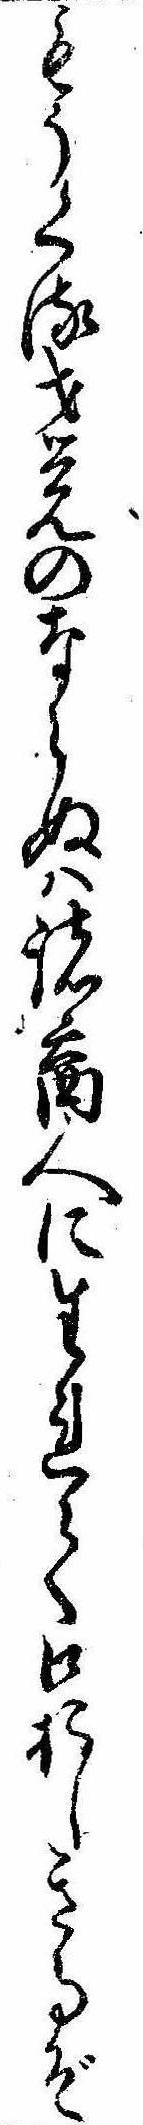
もうくる才覚のならぬは諸商人に生れて口おしき事ぞ